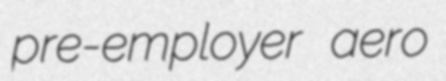
pre-employer aero